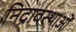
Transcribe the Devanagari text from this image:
निद्रावस्थाओं